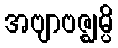
အဗျာဗဇ္ဈမ္ပိ